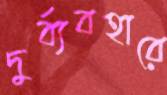
দুর্ব্যবহারে